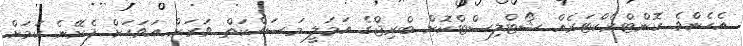
އެހެންވެ ކޮންޓްރެކްޓަރެއް ޝޯޓްލިސްޓްކޮށް ބްރިޖްގެ އަމަލީ މަސައްކަތް ވަރަށް އަވަަހަށް ފެށޭނެ ކަމަށް